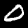
Digit: 0